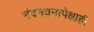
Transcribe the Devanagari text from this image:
नंदनवनापेक्षाही